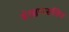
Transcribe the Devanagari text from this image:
संरक्षणसचिव